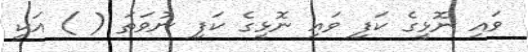
ވައި ނޮޅީގެ ކަފި ވައި ނޮޅީގެ ކަފި ނުވަތަ ( ) އަކީ